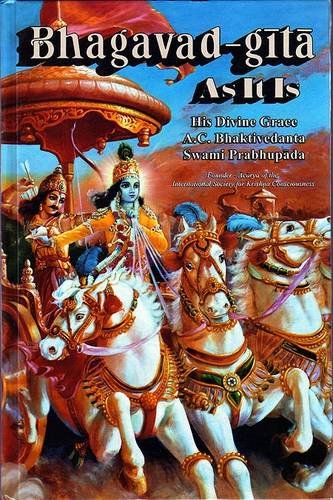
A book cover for Bhagavad Gita as it is; Swami A.C. Bhaktivedanta Prabhupada; Religion & Spirituality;